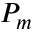
P _ { m }